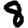
Digit: 8